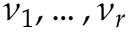
\nu _ { 1 } , \dots , \nu _ { r }